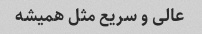
عالی و سریع مثل همیشه